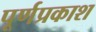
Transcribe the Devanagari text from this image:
पूर्णप्रकाश